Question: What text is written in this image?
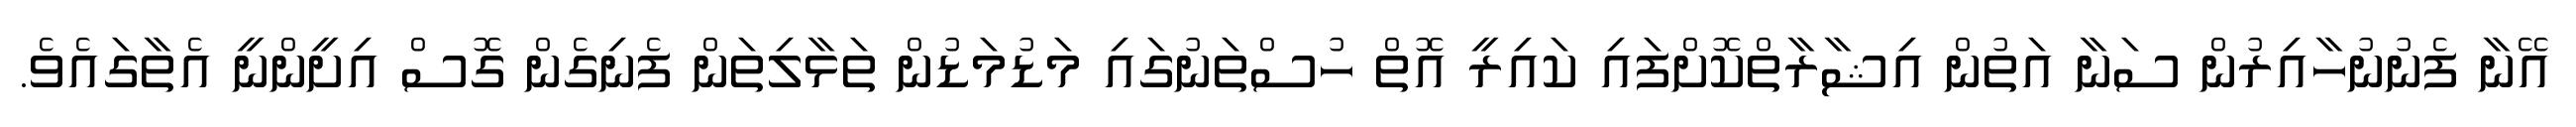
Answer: އޭނާ ފެނުނުހާއިރުން ސަނާ އަތުން އިޝާރާތްކޮށްފައި ކައިރީ އޮތް ހުސްތަނުގައި މަޑުމަޑުން ތަޅާލިތަން ފެނިގެން ގޮސް އިށީންނީ އެތާގައެވެ.